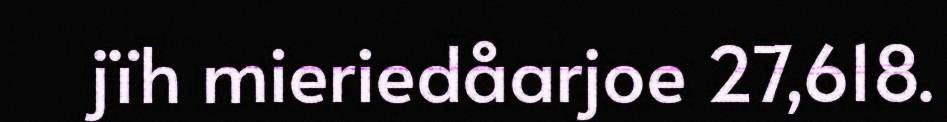
jïh mieriedåarjoe 27,618.